Elephants and their diseases
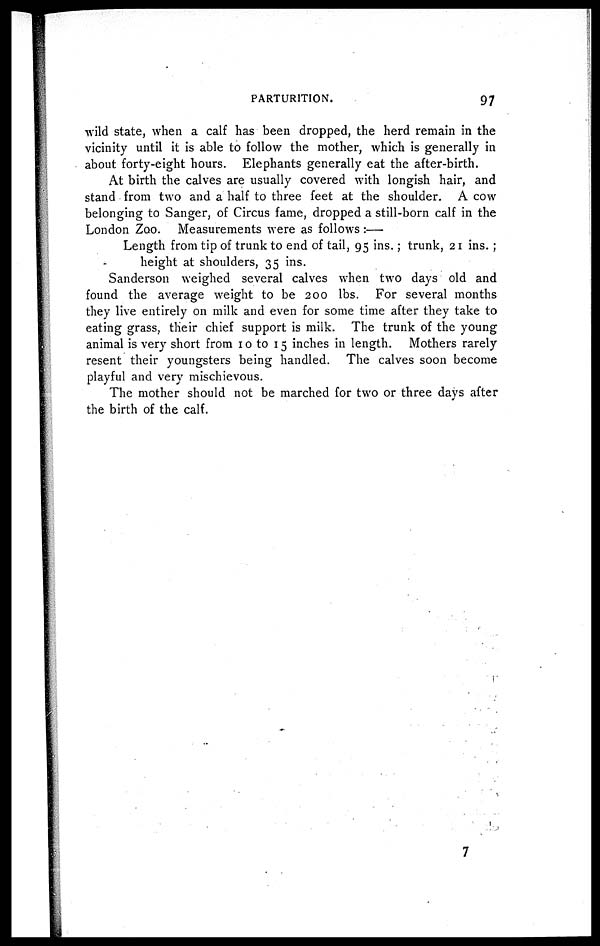
PARTURITION.
97
wild state, when a calf has been dropped, the herd remain in the
vicinity until it is able to follow the mother, which is generally in
about forty-eight hours. Elephants generally eat the after-birth.
At birth the calves are usually covered with longish hair, and
stand from two and a half to three feet at the shoulder. A cow
belonging to Sanger, of Circus fame, dropped a still-born calf in the
London Zoo. Measurements were as follows :—
Length from tip of trunk to end of tail, 95 ins.; trunk, 21 ins. ;
height at shoulders, 35 ins.
Sanderson weighed several calves when two days old and
found the average weight to be 200 lbs. For several months
they live entirely on milk and even for some time after they take to
eating grass, their chief support is milk. The trunk of the young
animal is very short from 10 to 15 inches in length. Mothers rarely
resent their youngsters being handled. The calves soon become
playful and very mischievous.
The mother should not be marched for two or three days after
the birth of the calf.
7